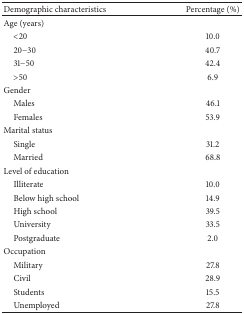
| Demographic characteristics | Percentage (%) |
 | --- | --- |
 | Age (years) |  |
 | <20 | 10.0 |
 | 20−30 | 40.7 |
 | 31−50 | 42.4 |
 | >50 | 6.9 |
 | Gender |  |
 | Males | 46.1 |
 | Females | 53.9 |
 | Marital status |  |
 | Single | 31.2 |
 | Married | 68.8 |
 | Level of education |  |
 | Illiterate | 10.0 |
 | Below high school | 14.9 |
 | High school | 39.5 |
 | University | 33.5 |
 | Postgraduate | 2.0 |
 | Occupation |  |
 | Military | 27.8 |
 | Civil | 28.9 |
 | Students | 15.5 |
 | Unemployed | 27.8 |